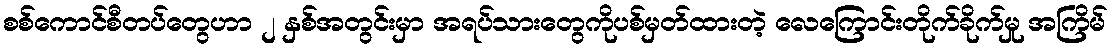
စစ်ကောင်စီတပ်တွေဟာ ၂ နှစ်အတွင်းမှာ အရပ်သားတွေကိုပစ်မှတ်ထားတဲ့ လေကြောင်းတိုက်ခိုက်မှု အကြိမ်